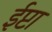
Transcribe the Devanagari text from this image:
ईप्टा